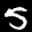
Label: 5